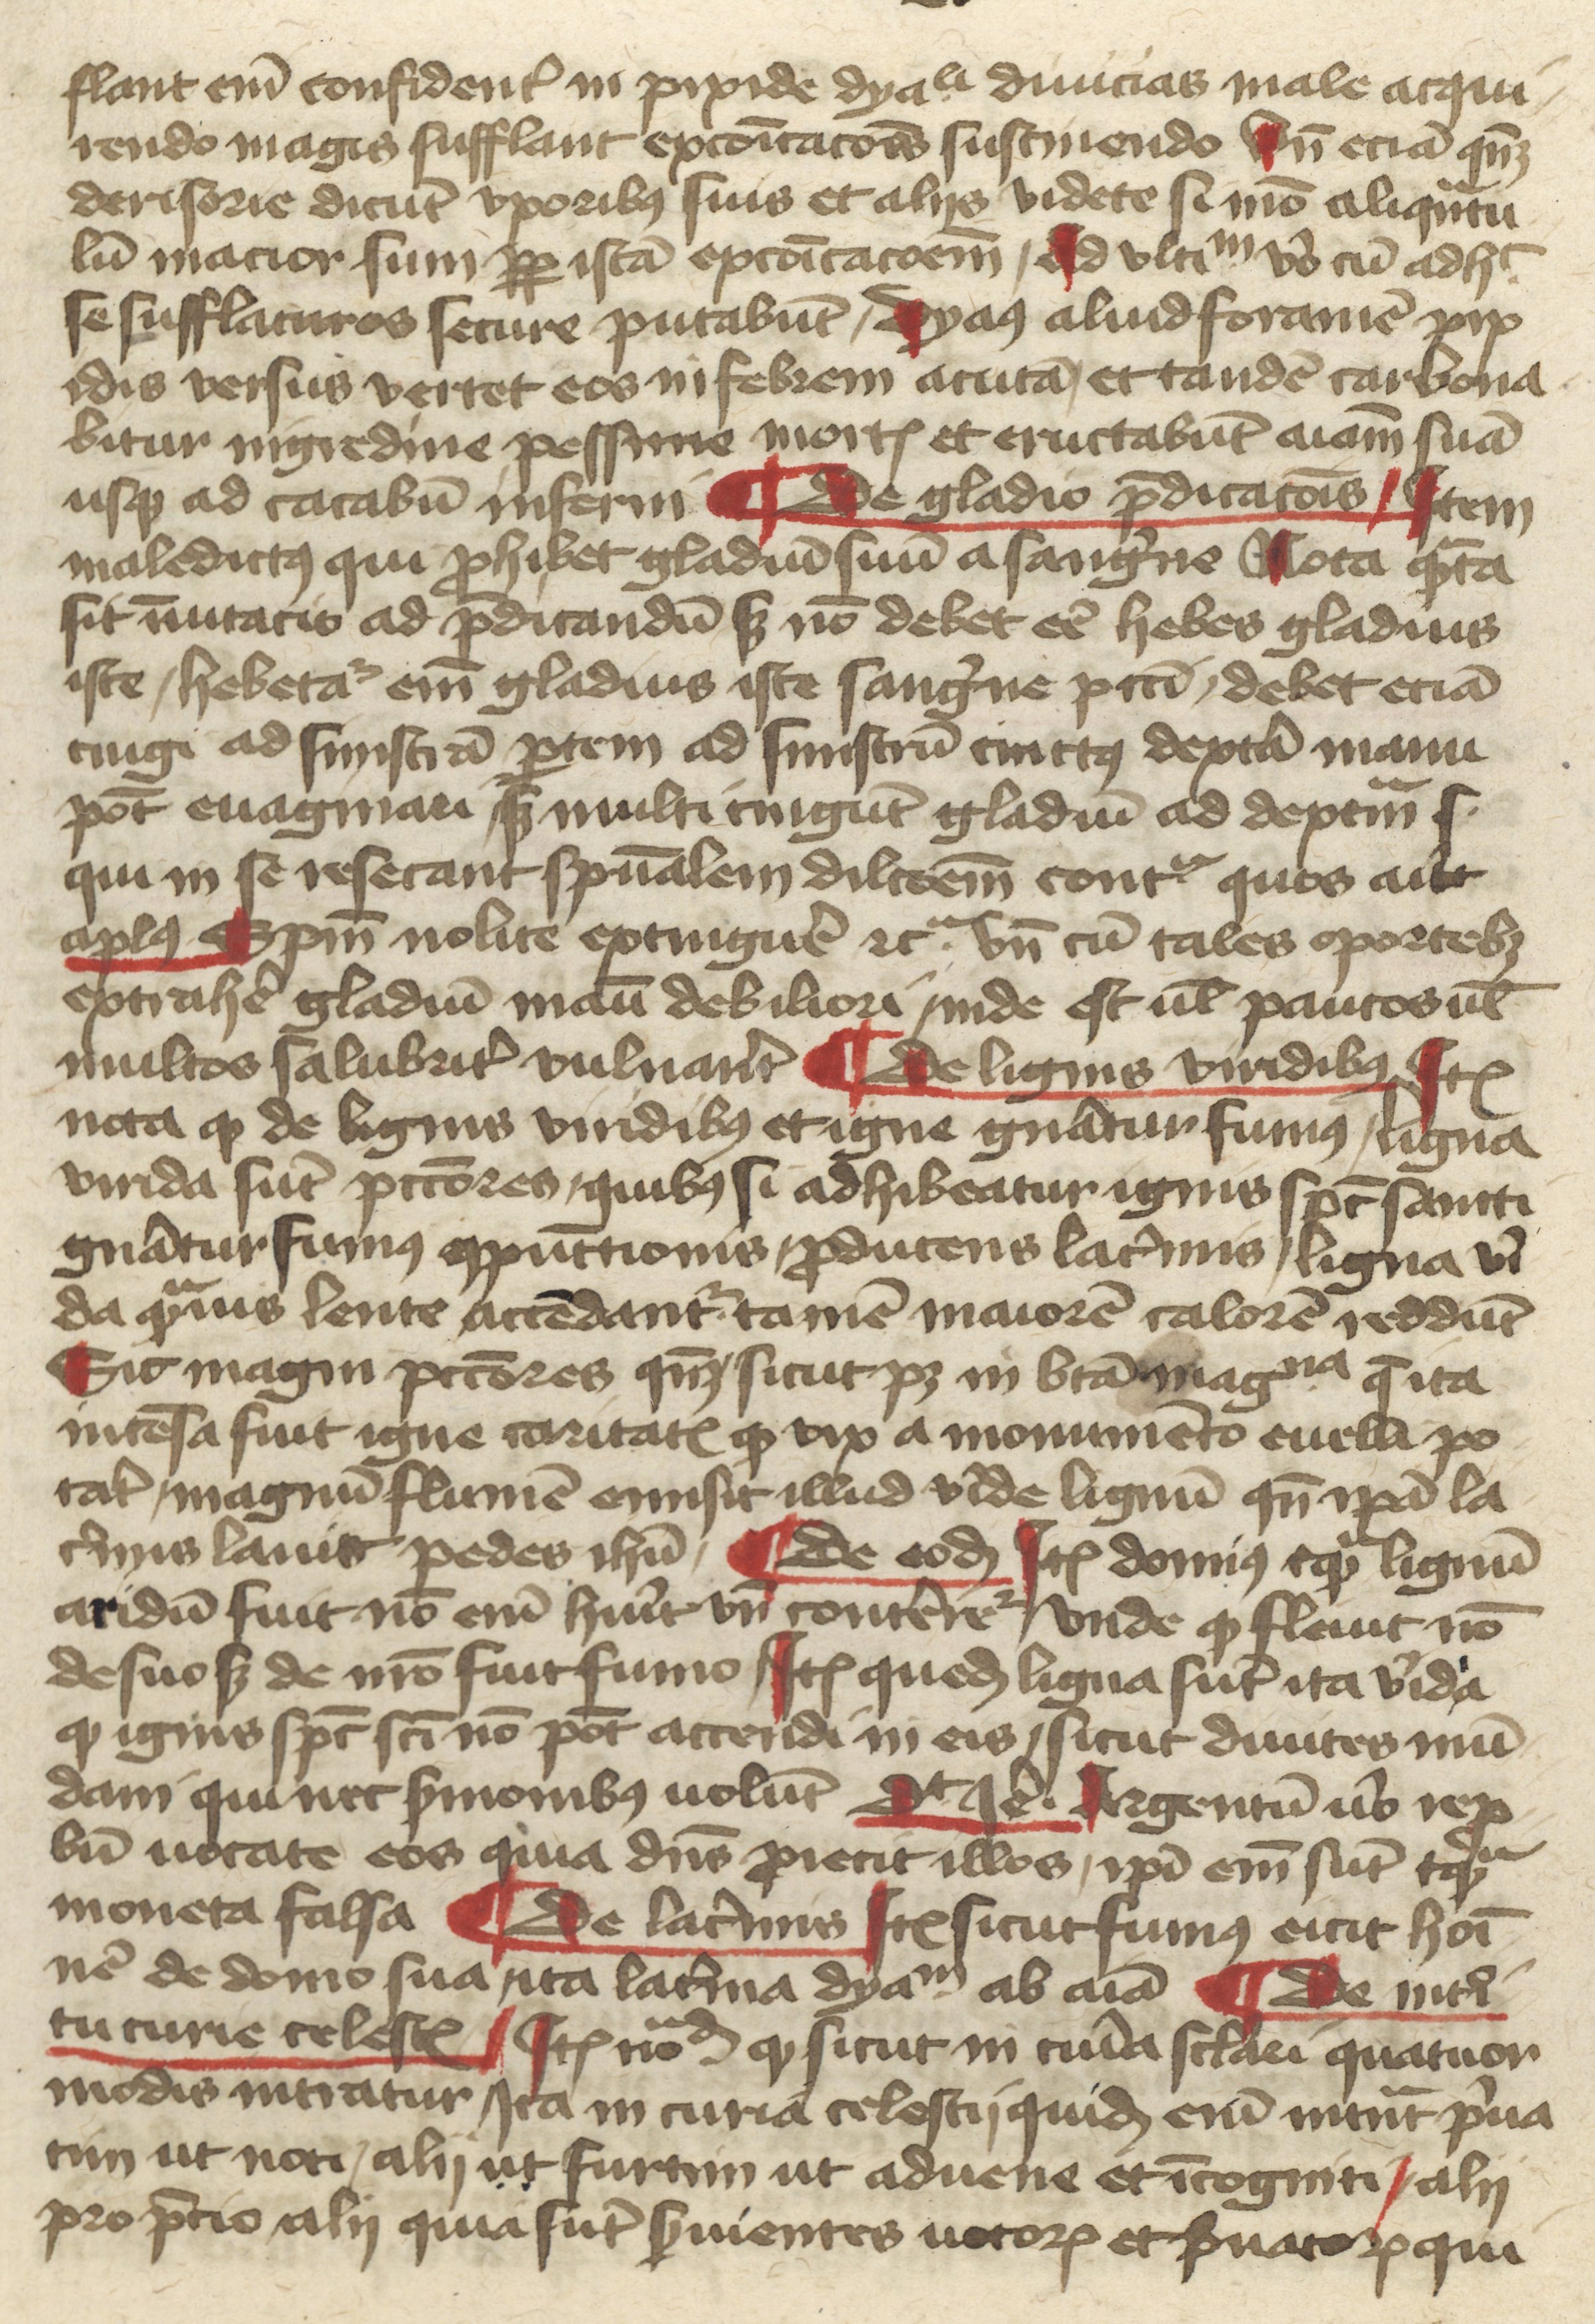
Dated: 1400–1430